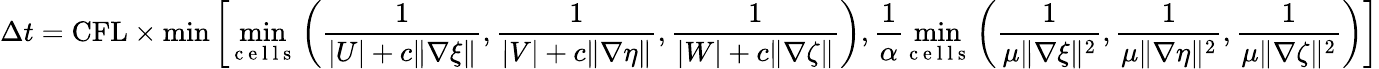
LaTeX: \Delta t=\mathrm{CFL}\times\operatorname*{min}\left[\operatorname*{min}_{\mathrm{~c~e~l~l~s~}}\left(\frac{1}{|U|+c\| \nabla\xi\| },\frac{1}{|V|+c\| \nabla\eta\| },\frac{1}{|W|+c\| \nabla\zeta\| }\right)\right.,\frac{1}{\alpha}\left.\operatorname*{min}_{\mathrm{~c~e~l~l~s~}}\left(\frac{1}{\mu\| \nabla\xi\| ^{2}},\frac{1}{\mu\| \nabla\eta\| ^{2}},\frac{1}{\mu\| \nabla\zeta\| ^{2}}\right)\right]